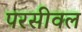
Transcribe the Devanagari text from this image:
परसीवल